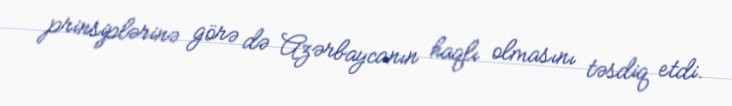
prinsiplərinə görə də Azərbaycanın haqlı olmasını təsdiq etdi.